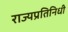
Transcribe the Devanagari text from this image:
राज्यप्रतिनिधी